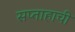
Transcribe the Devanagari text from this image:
सप्ताहाची